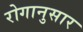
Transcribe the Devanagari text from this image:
रोगानुसार